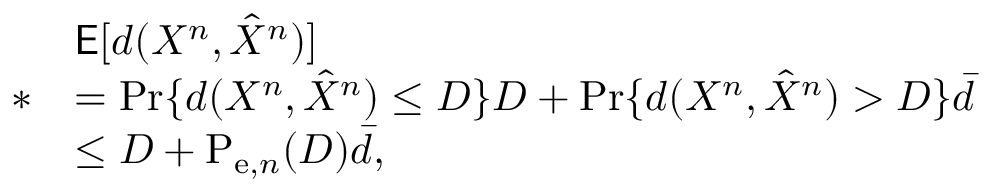
\begin{array} { r l } & { \mathsf { E } [ d ( X ^ { n } , \hat { X } ^ { n } ) ] } \\ { * } & { = \operatorname* { P r } \{ d ( X ^ { n } , \hat { X } ^ { n } ) \leq D \} D + \operatorname* { P r } \{ d ( X ^ { n } , \hat { X } ^ { n } ) > D \} \bar { d } } \\ & { \leq D + \mathrm { P } _ { \mathrm { e } , n } ( D ) \bar { d } , } \end{array}